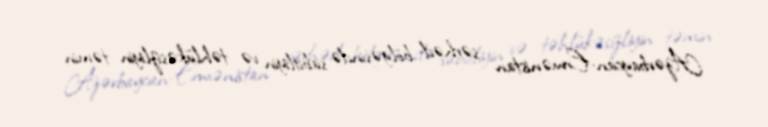
Azərbaycan-Ermənistan sərhəd bölgəsində sabitliyin və təhlükəsizliyin təmin